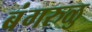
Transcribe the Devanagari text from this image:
बंगरुळु